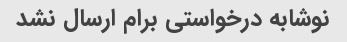
نوشابه درخواستی برام ارسال نشد